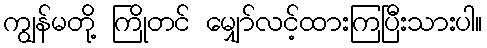
ကျွန်မတို့ ကြိုတင် မျှော်လင့်ထားကြပြီးသားပါ။